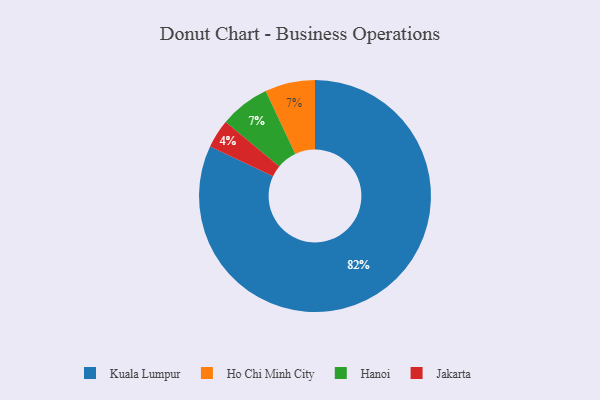
{"axis": {"x": "Category", "y": "Percentage"}, "legend": ["Hanoi", "Ho Chi Minh City", "Jakarta", "Kuala Lumpur"], "data": [{"x": "Jakarta", "y": 4, "type": "Jakarta"}, {"x": "Kuala Lumpur", "y": 82, "type": "Kuala Lumpur"}, {"x": "Ho Chi Minh City", "y": 7, "type": "Ho Chi Minh City"}, {"x": "Hanoi", "y": 7, "type": "Hanoi"}]}